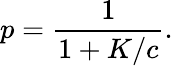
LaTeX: p=\frac{1}{1+K/c}.